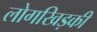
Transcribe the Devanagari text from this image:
लोगखिड़की